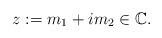
LaTeX: \begin{align*}z:=m_{1}+im_{2}\in \mathbb{C}.\end{align*}